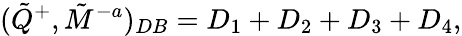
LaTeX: (\tilde{Q}^{+},\tilde{M}^{-a})_{DB}=D_{1}+D_{2}+D_{3}+D_{4},